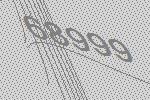
68999